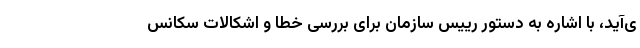
ی‌آید، با اشاره به دستور رییس سازمان برای بررسی خطا و اشکالات سکانس